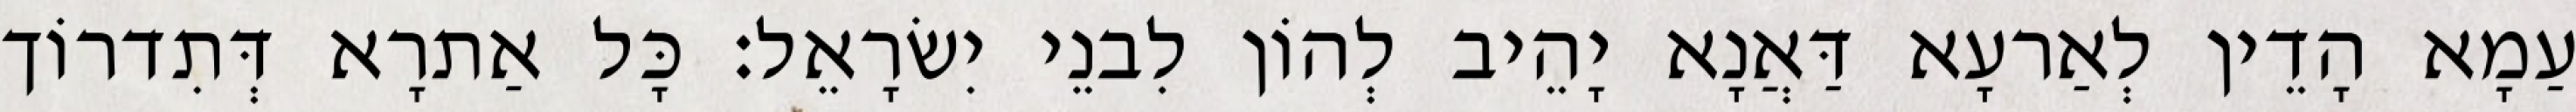
עַמָא הָדֵין לְאַרעָא דַּאֲנָא יָהֵיב לְהוֹן לִבנֵי יִשׂרָאֵל׃ כָּל אַתרָא דְּתִדרוֹך